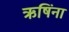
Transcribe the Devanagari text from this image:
ऋषिंना